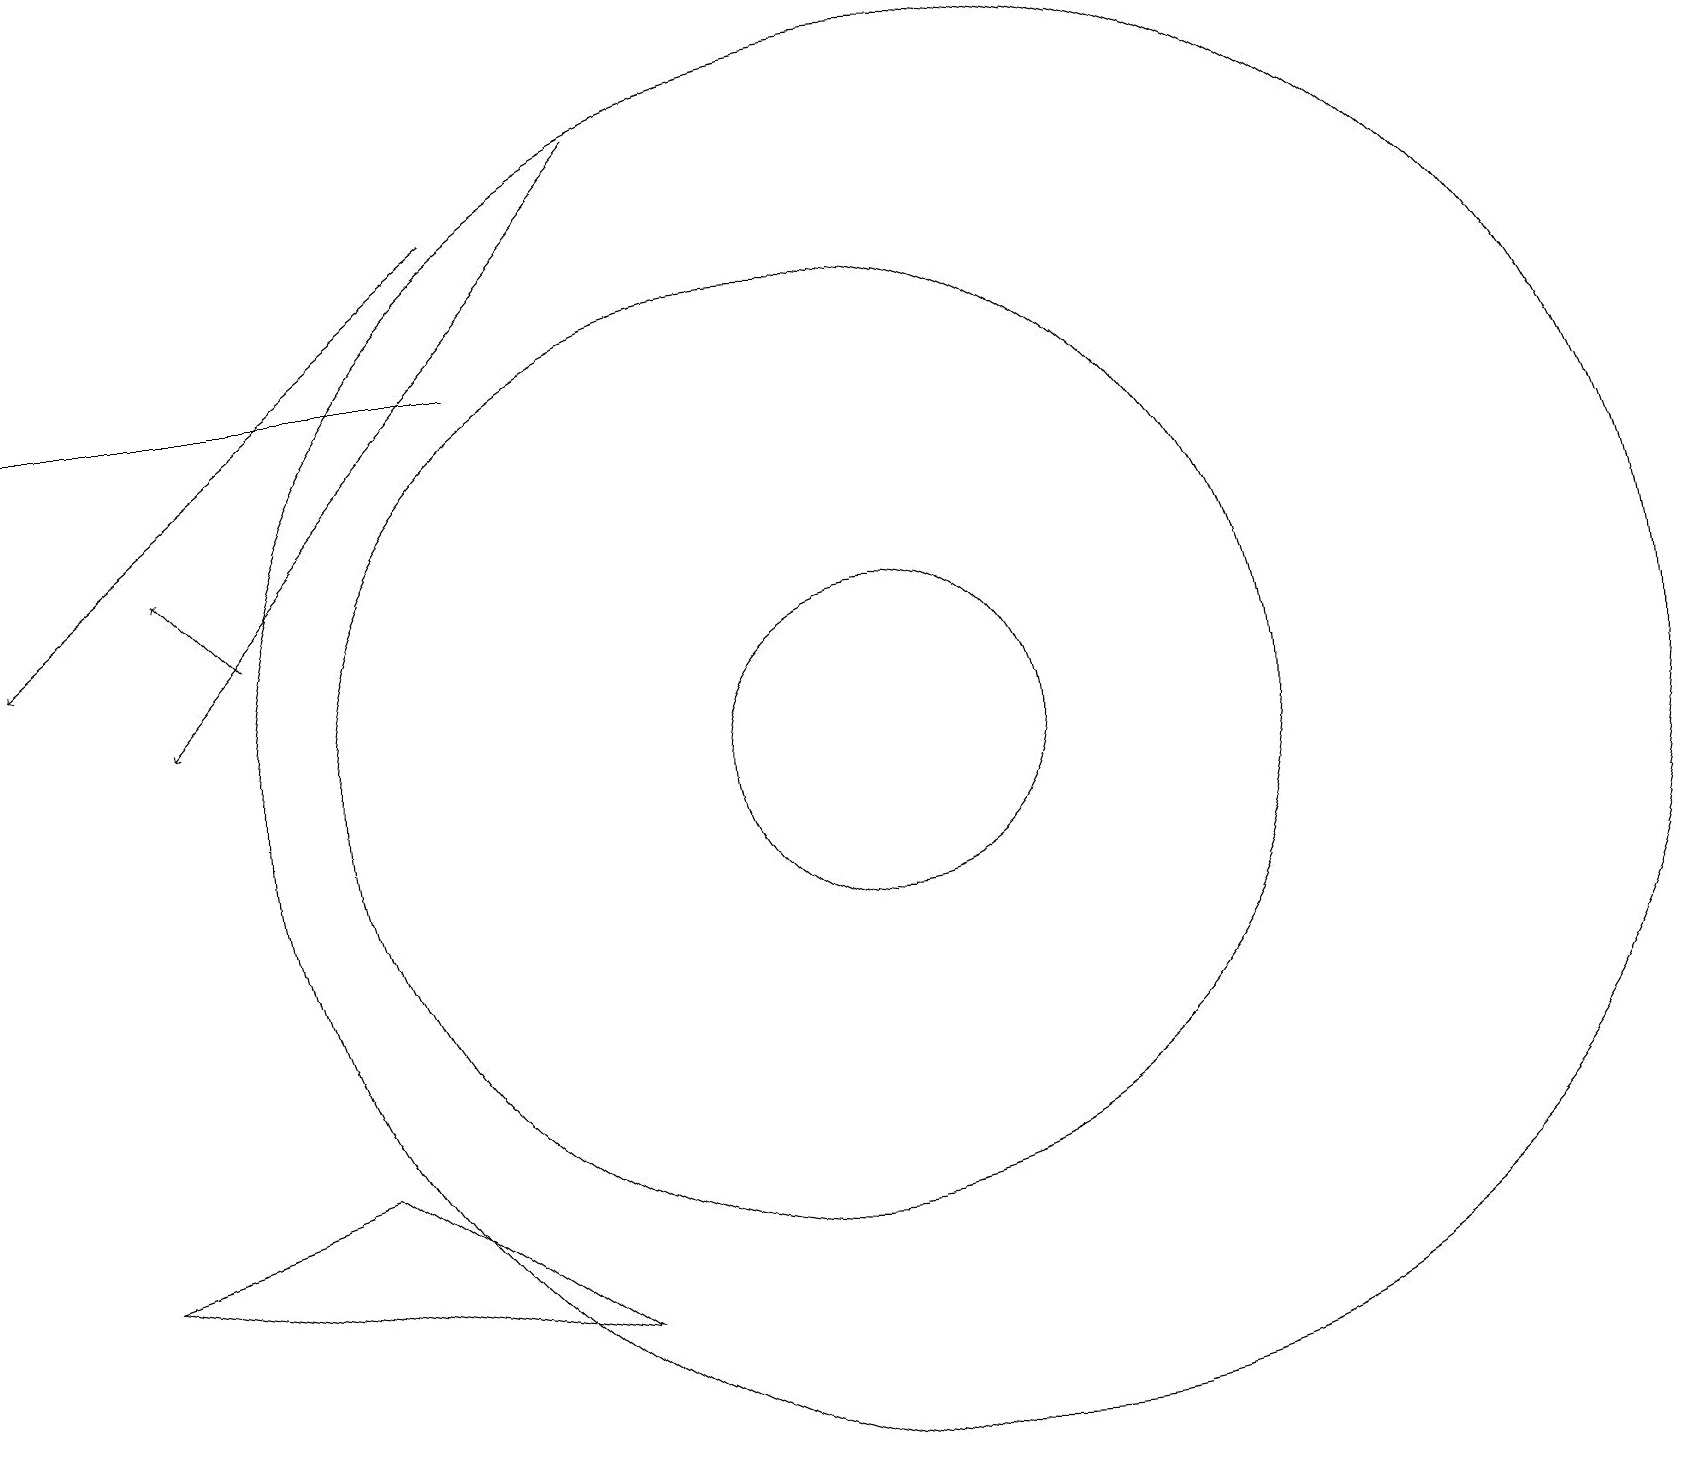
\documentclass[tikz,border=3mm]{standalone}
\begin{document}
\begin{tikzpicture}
\draw (12,11) circle (9);
\draw (11,11) circle (2);
\draw[->] (6,18) -- (0,13);
\draw[->] (8,19) -- (2,12);
\draw[->] (3,13) -- (2,14);
\draw (6,16) rectangle (0,16);
\draw (1,5) -- (7,4) -- (4,6) -- cycle;
\draw (10,11) circle (6);
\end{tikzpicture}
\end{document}